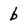
Character: b